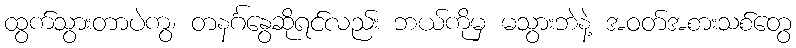
ထွက်သွားတာပဲကွ၊ တနင်္ဂနွေဆိုရင်လည်း ဘယ်ကိုမှ မသွားဘဲနဲ့ အဝတ်အစားသစ်တွေ